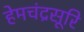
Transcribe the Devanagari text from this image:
हेमचंद्रसूरि